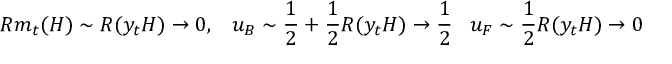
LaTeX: R m _ { t } ( H ) \sim R ( y _ { t } H ) \rightarrow 0 , \; \; \; u _ { B } \sim \frac { 1 } { 2 } + \frac { 1 } { 2 } R ( y _ { t } H ) \rightarrow \frac { 1 } { 2 } \; \; \; u _ { F } \sim \frac { 1 } { 2 } R ( y _ { t } H ) \rightarrow 0